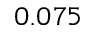
0 . 0 7 5